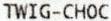
TWIG-CHOC